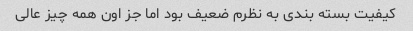
کیفیت بسته بندی به نظرم ضعیف بود اما جز اون همه چیز عالی